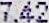
7.42